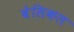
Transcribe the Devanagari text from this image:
वेसिकल